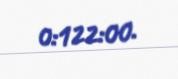
0:122:00.